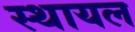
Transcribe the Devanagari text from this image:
स्थायल